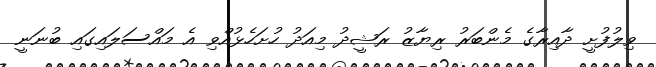
ވިލުފުށީ ދާއިރާގެ މެންބަރު ރިޔާޒު ރަޝީދު މިއަދު ހުށަހެޅުއްވި އެ މައްސަލައިގައި ބުނަނީ